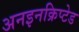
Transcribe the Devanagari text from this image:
अनइनक्रिप्टेड